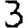
Digit: 3